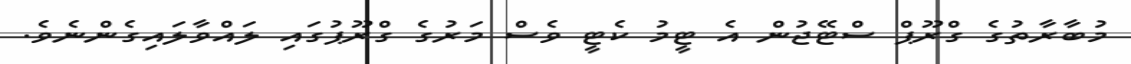
މުބާރާތުގެ ގްރޫޕް ސްޓޭޖުން އެ ޓީމު ކެޓީ ވެސް މަރުގެ ގްރޫޕުގައި ލައްވާލައިގެންނެވެ.